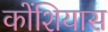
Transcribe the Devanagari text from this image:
कोंशियास